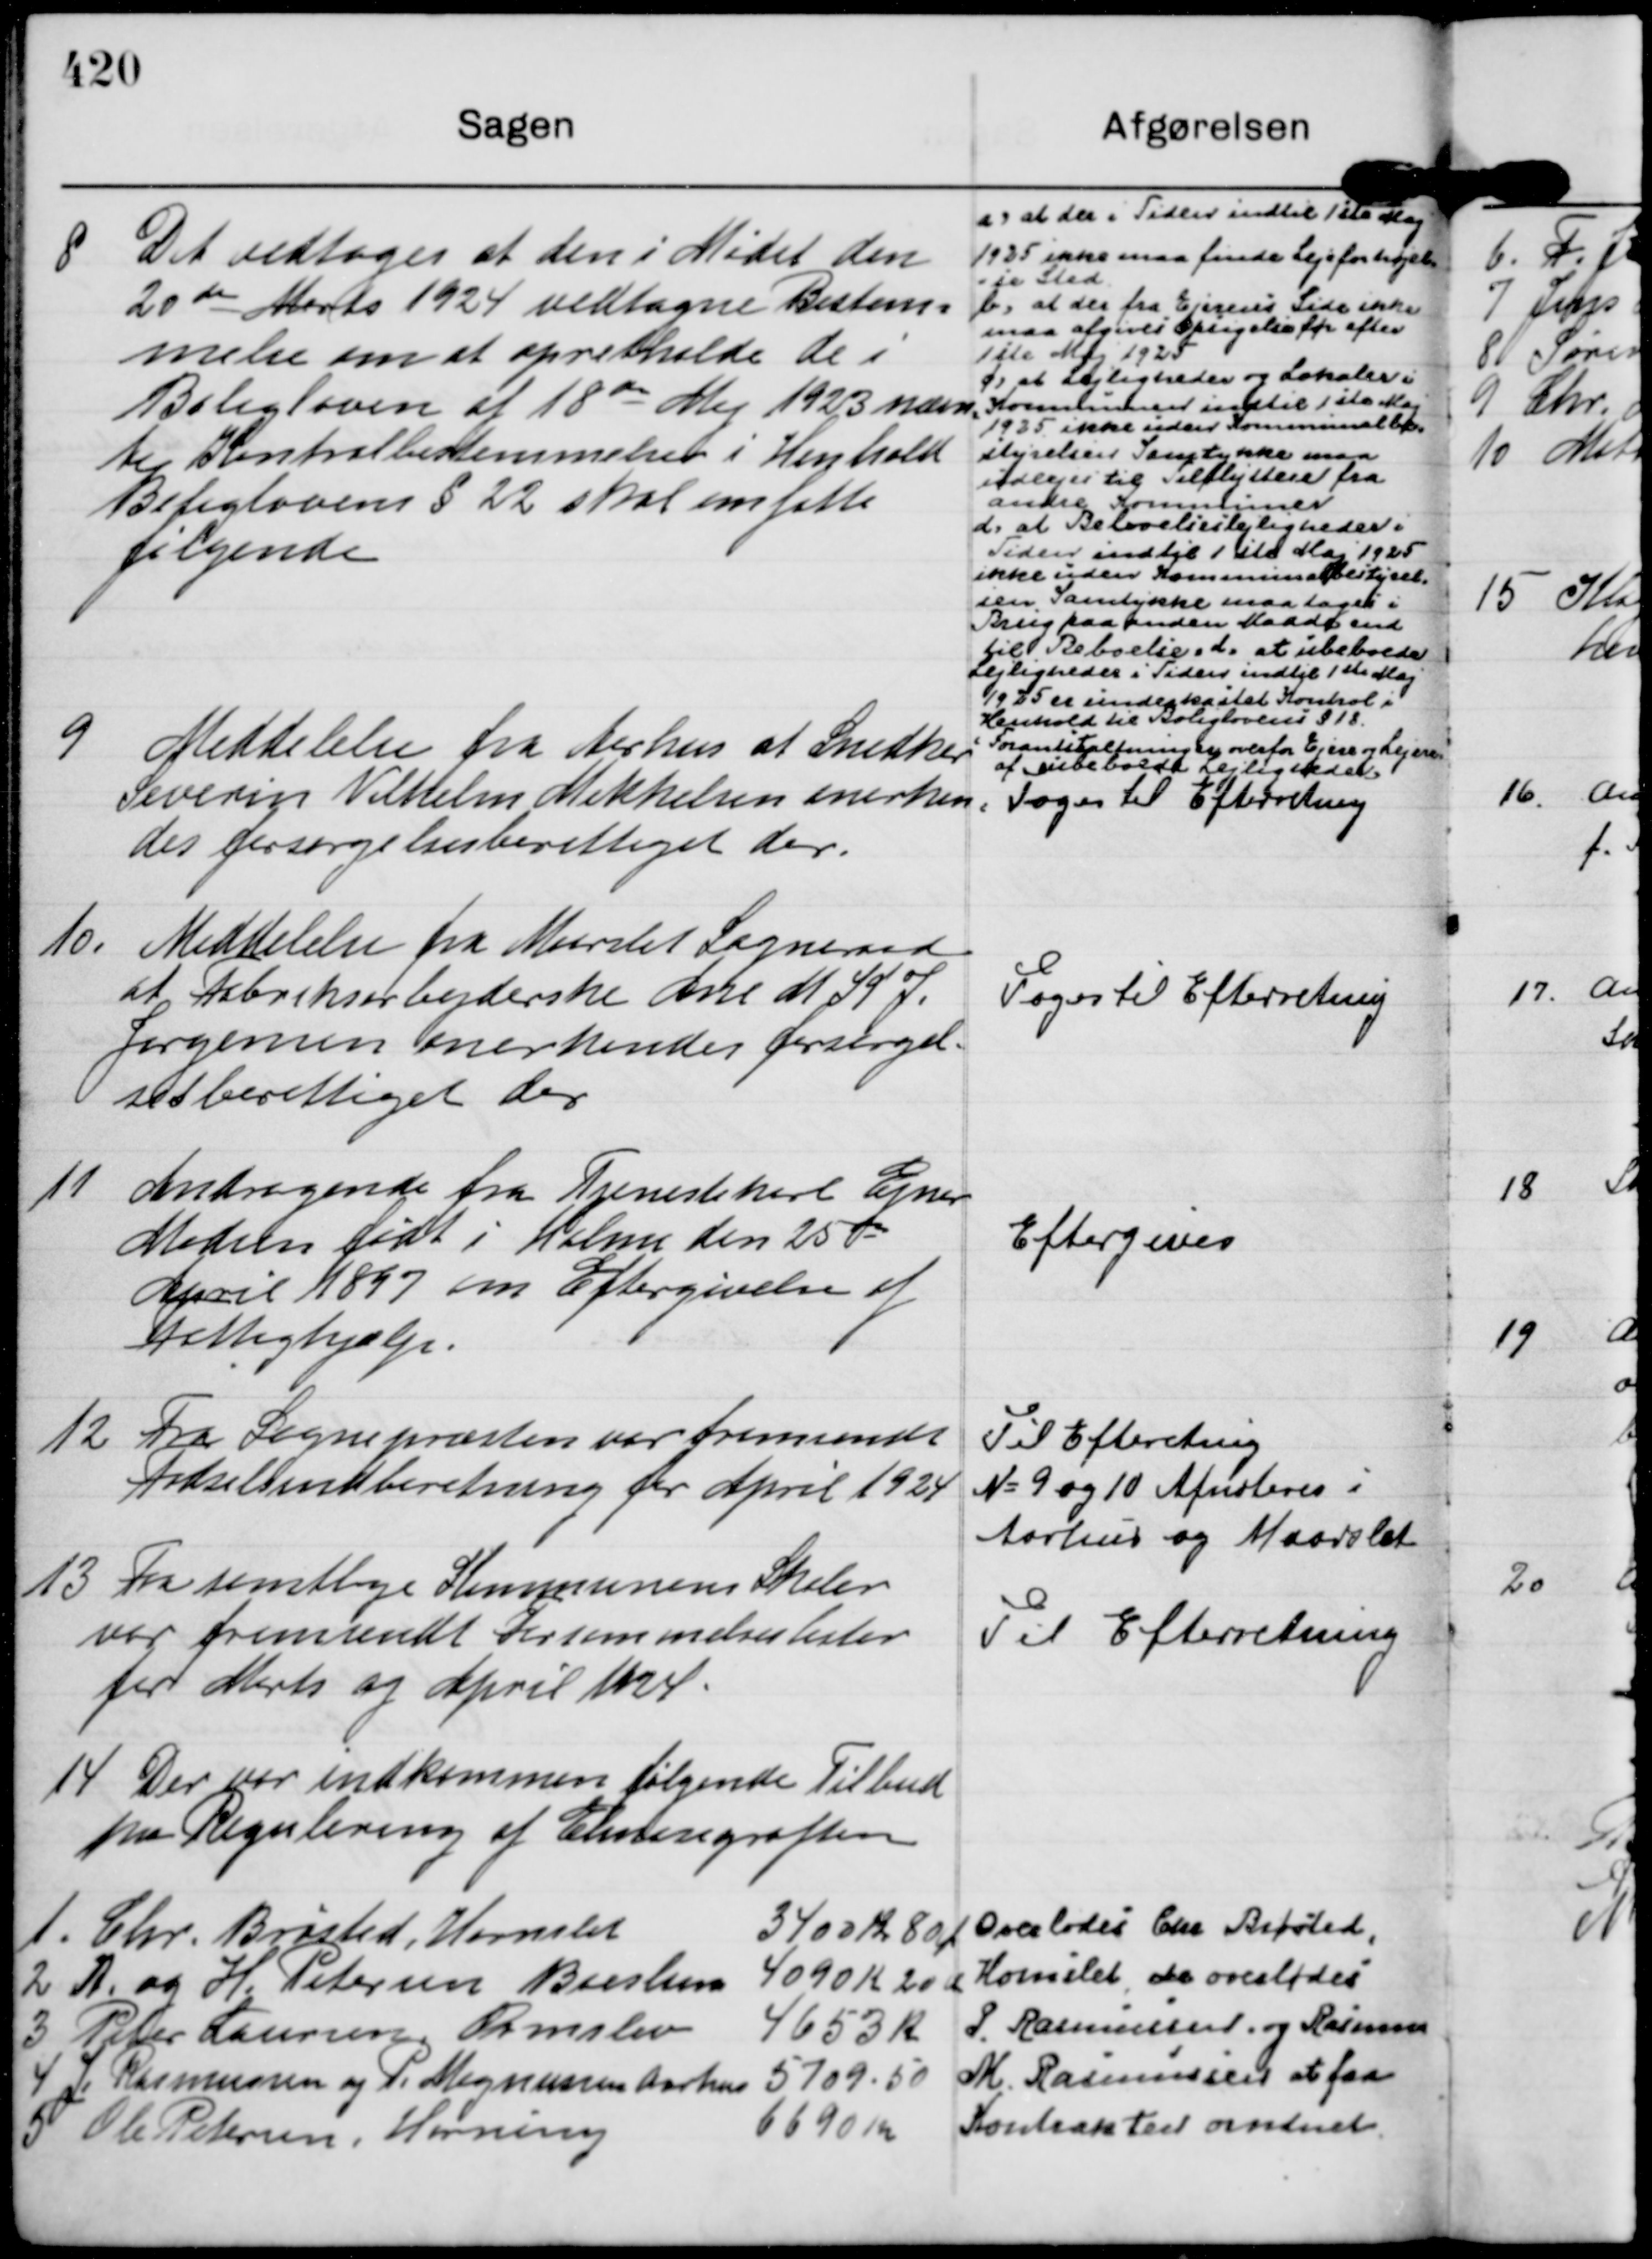
Transskription:
8
Det vedtoges at den i Mødet den
20 de Marts 1924 vedtagne Bestem=
melse om at opretholde de i
Boligloven af 18 de Maj 1923 nævn= 
te Kontrolbestemmelser i Henhold
Boliglovens § 22 skal omfatte
følgende

a: at der i Tiden indtil 1 ste Maj
1925 ikke maa finde Lejeforhøjel-
=se Sted.
b: at der fra Ejernes Side ikke
maa afgives Opsigelse før efter
1 ste Maj 1925
c: at Lejligheder og Lokaler i
Kommunen indtil 1 ste Maj
1925 ikke uden Kommunalbe=
styrelsens Samtykke maa
udlejes til Tilflyttere fra
andre Kommuner
d: at Beboelseslejligheder i
Tiden indtil 1 Maj 1925
ikke uden Kommunalbestyrel-
sens Samtykke maa tages i
Brug paa anden Maade end
til Beboelse. d: at ubeboede
Lejligheder i Tiden indtil 1 ste Maj
1925 er underkastet Kontrol i
Henhold til Boliglovens § 18.
Foranstaltning er overfor Ejere og Lejere
af ubeboede Lejligheder.

9
Meddelelse fra Aarhus at Snedker
Severin Vilhelm Mikkelsen anerken=
des forsørgelsesberettiget der.

Toges til Efterretning

10.
Meddelelse fra Maarslet Sogneraad
at Fabriksarbejderske Ane M K J. 
Jørgensen anerkendes forsørgel=
sesberettiget der

Toges til Efterretning

11
Andragende fra Tjenestekarl Ejner
Madsen født i Holme den 25 de
April 1897 om Eftergivelse af
Fattighjælp.

Eftergives

12
Fra Sognepræsten var fremsendt
Fødselsindberetning for April 1924

Til Efteretning
N= 9 og 10 Afnoteres i
Aarhus og Maarslet

13
Fra samtlige Kommunens Skoler
var fremsendt Forsømmelseslister
for Marts og April 1924.

Til Efterretning

14
Der var indkommen følgende Tilbud
paa Regulering af Elmosegrøften
1. Chr. Brøsted, Hornslet
3400 Kr 80 Ør
2 A. og H. Petersen Boeslum
4090 Kr 20 Ør
3 Peter Laursen, Ormslev
4653 Kr
4 J. Rasmussen og P. Magnussen Aarhus 
5709.50 
5 Ole Petersen, Hørning
6690 Kr

Overlodes Chr Brøsted, 
Hornslet, de overlodes
P. Rasmussen, og Rasmus
M. Rasmussen at faa
Kontrakten orndnet.